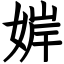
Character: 婩